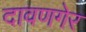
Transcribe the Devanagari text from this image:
दावणगेर